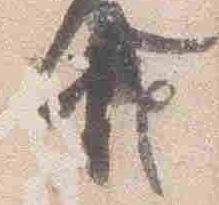
由